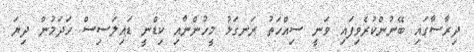
ދިރާސާގައި ބޭނުންކުރެވިފައި ވަނީ ސިއްހަތު ރަނގަޅު މީހުންނާއި ކިޑްނީ ޑައިލަސިސް ހަދަމުން ދިޔަ